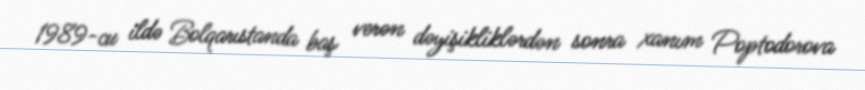
1989-cu ildə Bolqarıstanda baş verən dəyişikliklərdən sonra xanım Poptodorova